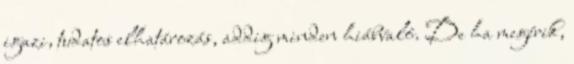
igazi, tudatos elhatározás, addig minden hiábvaló. De ha megérik,